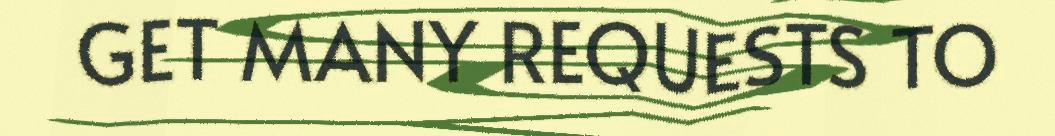
GET MANY REQUESTS TO